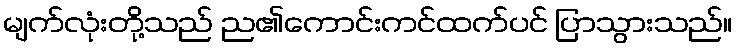
မျက်လုံးတို့သည် ည၏ကောင်းကင်ထက်ပင် ပြာသွားသည်။